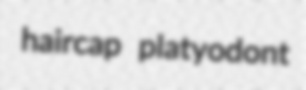
haircap platyodont